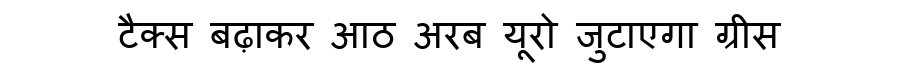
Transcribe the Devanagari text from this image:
टैक्स बढ़ाकर आठ अरब यूरो जुटाएगा ग्रीस